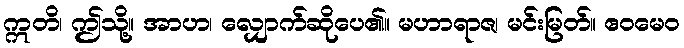
ဣတိ၊ ဤသို့။ အာဟ၊ လျှောက်ဆိုပေ၏။ မဟာရာဇ၊ မင်းမြတ်။ ဧဝမေဝ